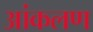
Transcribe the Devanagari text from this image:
आंकलण